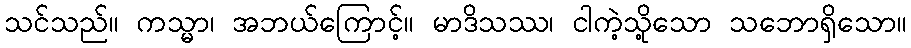
သင်သည်။ ကသ္မာ၊ အဘယ်ကြောင့်။ မာဒိသဿ၊ ငါကဲ့သို့သော သဘောရှိသော။